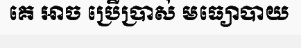
គេ អាច ប្រើប្រាស់ មធ្យោបាយ